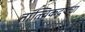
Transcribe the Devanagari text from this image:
तात्त्विकदृष्ट्या